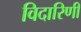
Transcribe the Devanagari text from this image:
विदारिणी